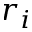
r _ { i }